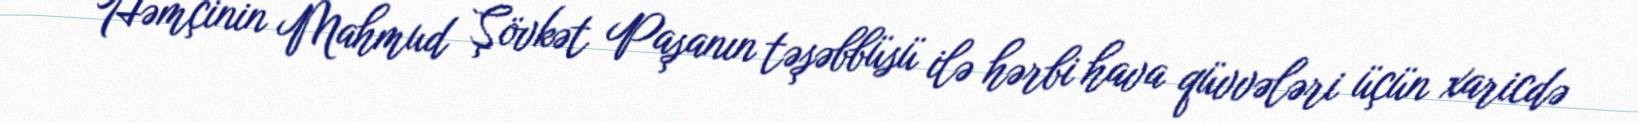
Həmçinin Mahmud Şövkət Paşanın təşəbbüsü ilə hərbi hava qüvvələri üçün xaricdə